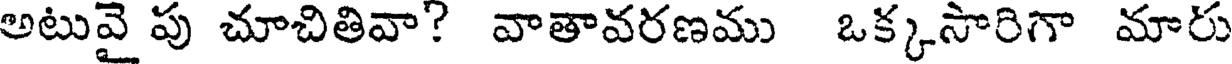
అటువై పు చూచితివా? వాతావరణము ఒక్కసారిగా మారు